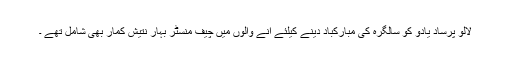
لالو پرساد یادو کو سالگرہ کی مبارکباد دینے کیلئے آنے والوں میں چیف منسٹر بہار نتیش کمار بھی شامل تھے ۔